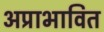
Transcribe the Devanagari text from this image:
अप्राभावित